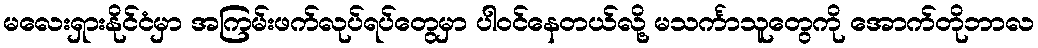
မလေးရှားနိုင်ငံမှာ အကြမ်းဖက်လုပ်ရပ်တွေမှာ ပါဝင်နေတယ်လို့ မသင်္ကာသူတွေကို အောက်တိုဘာလ